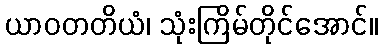
ယာဝတတိယံ၊ သုံးကြိမ်တိုင်အောင်။